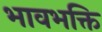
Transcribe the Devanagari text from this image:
भावभक्ति